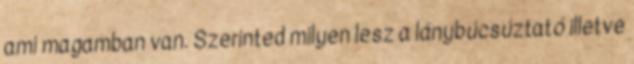
ami magamban van. Szerinted milyen lesz a lánybúcsúztató illetve